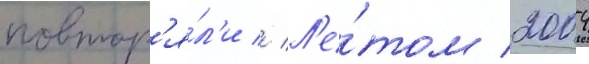
повтор'я́л'и // Л'е́том 2004